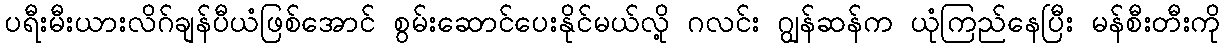
ပရီးမီးယားလိဂ်ချန်ပီယံဖြစ်အောင် စွမ်းဆောင်ပေးနိုင်မယ်လို့ ဂလင်း ဂျွန်ဆန်က ယုံကြည်နေပြီး မန်စီးတီးကို